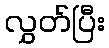
လွှတ်ပြီး